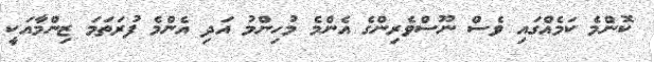
ކޮންމެ ކަމެއްގައި ވެސް ނޫސްވެރިންގެ އެންމެ މުހިންމު އަދި އެންމެ ފުރަތަމަ ޒިންމާއަކީ